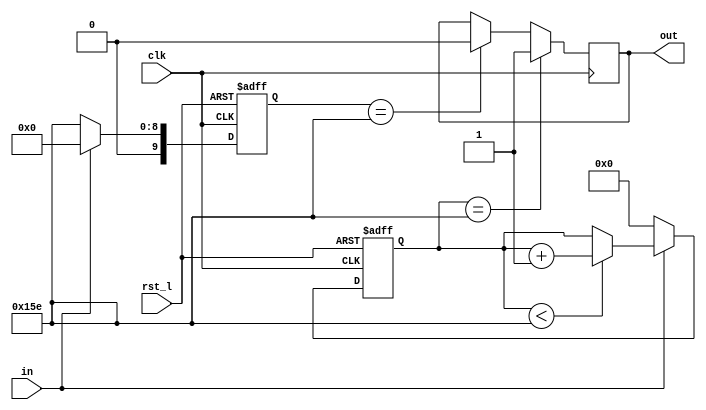
module phy_reset_io_deglitch(
    clk,
    rst_l,
    in,
    out);
    
	 parameter COUNT_WIDTH = 10;
	 parameter COUNT_MAX = 350;
	 parameter COUNT_MIN = 0;
    input clk;
    input rst_l;
    input in;
    output out;
    
    reg out;

    reg [COUNT_WIDTH-1:0] delay_posedge_count;
    reg [COUNT_WIDTH-1:0] delay_negedge_count;

    always @(posedge clk or negedge rst_l)
    if(~rst_l) begin
        delay_negedge_count[COUNT_WIDTH-1:0] = COUNT_MAX;
        delay_posedge_count[COUNT_WIDTH-1:0] = 0;
    end
    else begin
        if (in == 1) begin
            delay_negedge_count[COUNT_WIDTH-1:0] = 0;
            delay_posedge_count[COUNT_WIDTH-1:0] = delay_posedge_count[COUNT_WIDTH-1:0] < COUNT_MAX ? 
                                                delay_posedge_count[COUNT_WIDTH-1:0]+1 : delay_posedge_count[COUNT_WIDTH-1:0];
        end
        else begin
            delay_posedge_count[COUNT_WIDTH-1:0] = 0;
            delay_negedge_count[COUNT_WIDTH-1:0] = COUNT_MAX;
        end
    end

    always @(posedge clk)
    if (delay_posedge_count[COUNT_WIDTH-1:0] == COUNT_MAX) begin
        out <= 1'b1;
    end
    else begin
        if (delay_negedge_count[COUNT_WIDTH-1:0] == COUNT_MAX) begin
            out <= 1'b0;
        end
    end


endmodule